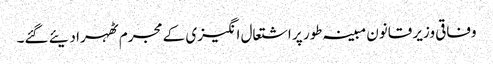
وفاقی وزیر قانون مبینہ طور پر اشتعال انگیزی کے مجرم ٹھہرا دیئے گئے۔